Annual report on the mental hospital in the Central Provinces and Berar (Nagpur) - 1927-1951
Year: 1927
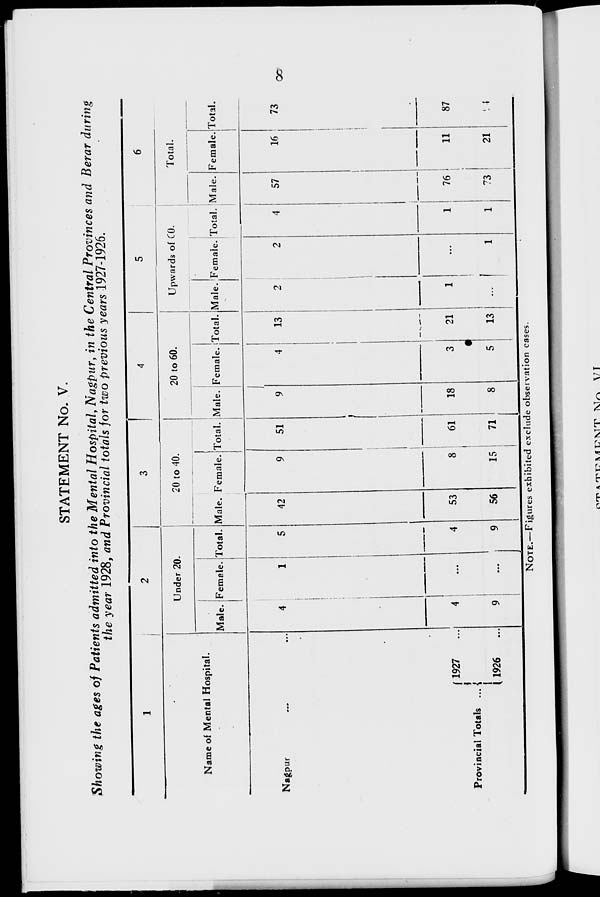
8
STATEMENT No. V.
Showing the ages of Patients admitted into the Mental Hospital, Nagpur, in the Central Provinces and Berar during
the year 1928, and Provincial totals for two previous years 1927-1926.
1
Name of Mental Hospital.
Nagpur ... ...
Provincial Totals ...
1927
...
1926 ...
2
Under 20.
Male.
4
4
9
Female.
1
...
...
Total.
5
4
9
3
20 to 40.
Male.
42
53
56
Female.
9
8
15
Total.
51
61
71
4
20 to 60.
Male.
9
18
8
Female.
4
3
5
Total.
13
21
13
5
Upwards of 60.
Male.
2
1
...
Female.
2
...
1
Total.
4
1
1
6
Total.
Male.
57
76
73
Female.
16
11
21
Total.
73
87
94
NOTE.—Figures exhibited exclude observation cases.